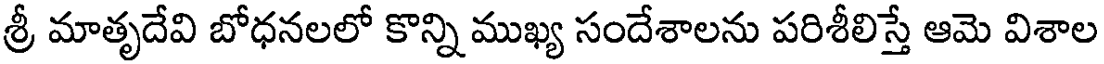
శ్రీ మాతృదేవి బోధనలలో కొన్ని ముఖ్య సందేశాలను పరిశీలిస్తే ఆమె విశాల